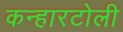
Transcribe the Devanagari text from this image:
कन्हारटोली